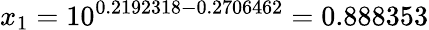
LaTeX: x_{1}=10^{0.2192318-0.2706462}=0.888353